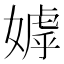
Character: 嫭